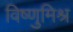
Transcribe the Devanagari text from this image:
विष्णुमिश्र